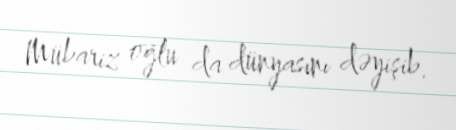
Mübariz oğlu da dünyasını dəyişib.